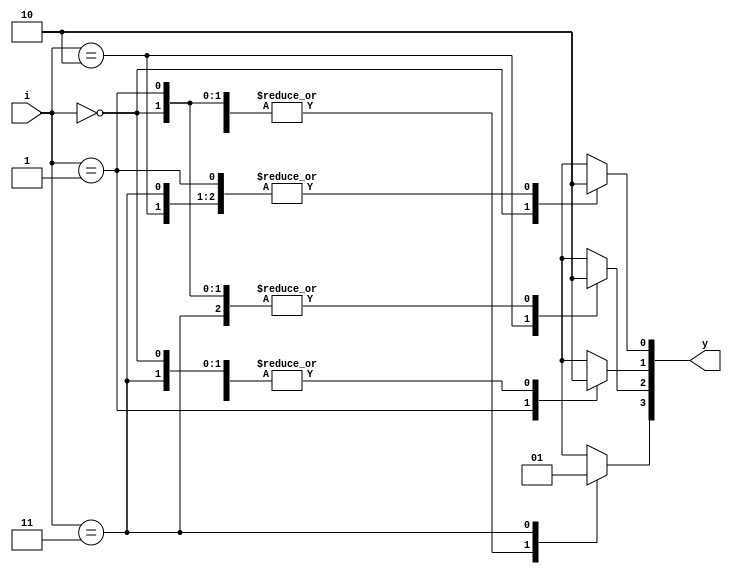
`timescale 1ns / 1ps

module decoder_2_4(
    input [1:0] i,
   	output reg[3:0] y);
	always@(i)
		begin
		y=0;
			case(i)	
					2'b00 : y[0] = 1'b1;
					2'b01 : y[1] = 1'b1;
					2'b10 : y[2] = 1'b1;
					2'b11 : y[3] = 1'b1;
			endcase
		end	
endmodule

module decoder_nand(
    input a,b,
    output nand_g 
    );
    wire [3:0]w;
    decoder_2_4 nandgate({a,b}, w);
    assign nand_g= ~w[3];
endmodule